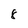
Character: 8